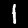
Digit: 1